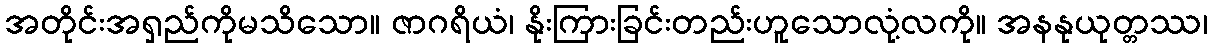
အတိုင်းအရှည်ကိုမသိသော။ ဇာဂရိယံ၊ နိုးကြားခြင်းတည်းဟူသောလုံ့လကို။ အနနုယုတ္တဿ၊